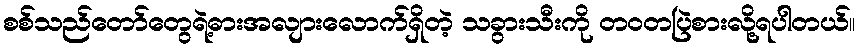
စစ်သည်တော်တွေရဲ့ဓားအလျားလောက်ရှိတဲ့ သခွားသီးကို တဝတပြဲစားလို့ရပါတယ်။